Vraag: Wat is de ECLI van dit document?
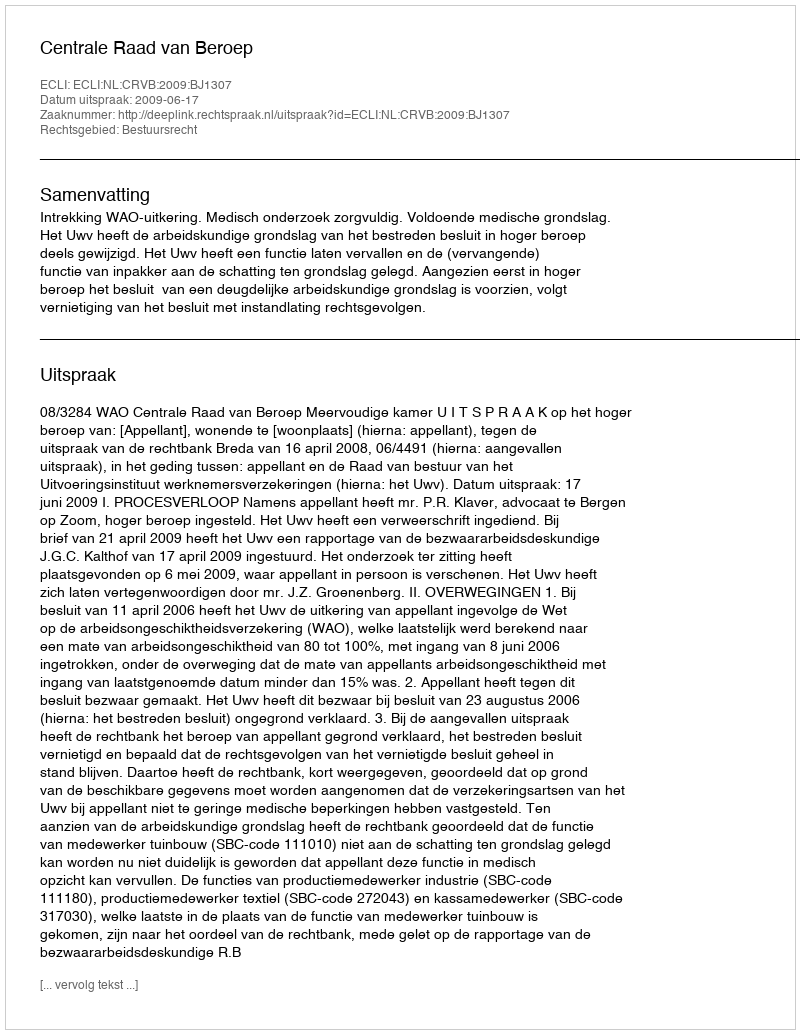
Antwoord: ECLI:NL:CRVB:2009:BJ1307